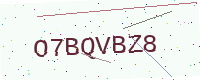
Text: O7BQVBZ8